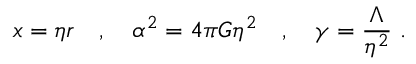
x = \eta r \quad , \quad \alpha ^ { 2 } = 4 \pi G \eta ^ { 2 } \quad , \quad \gamma = \frac { \Lambda } { \eta ^ { 2 } } \ .